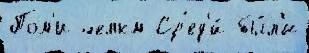
Пом'и челкм Ср'ед'и́ бы́л'и